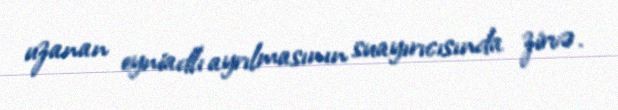
uzanan eyniadlı ayrılmasının suayırıcısında zirvə.